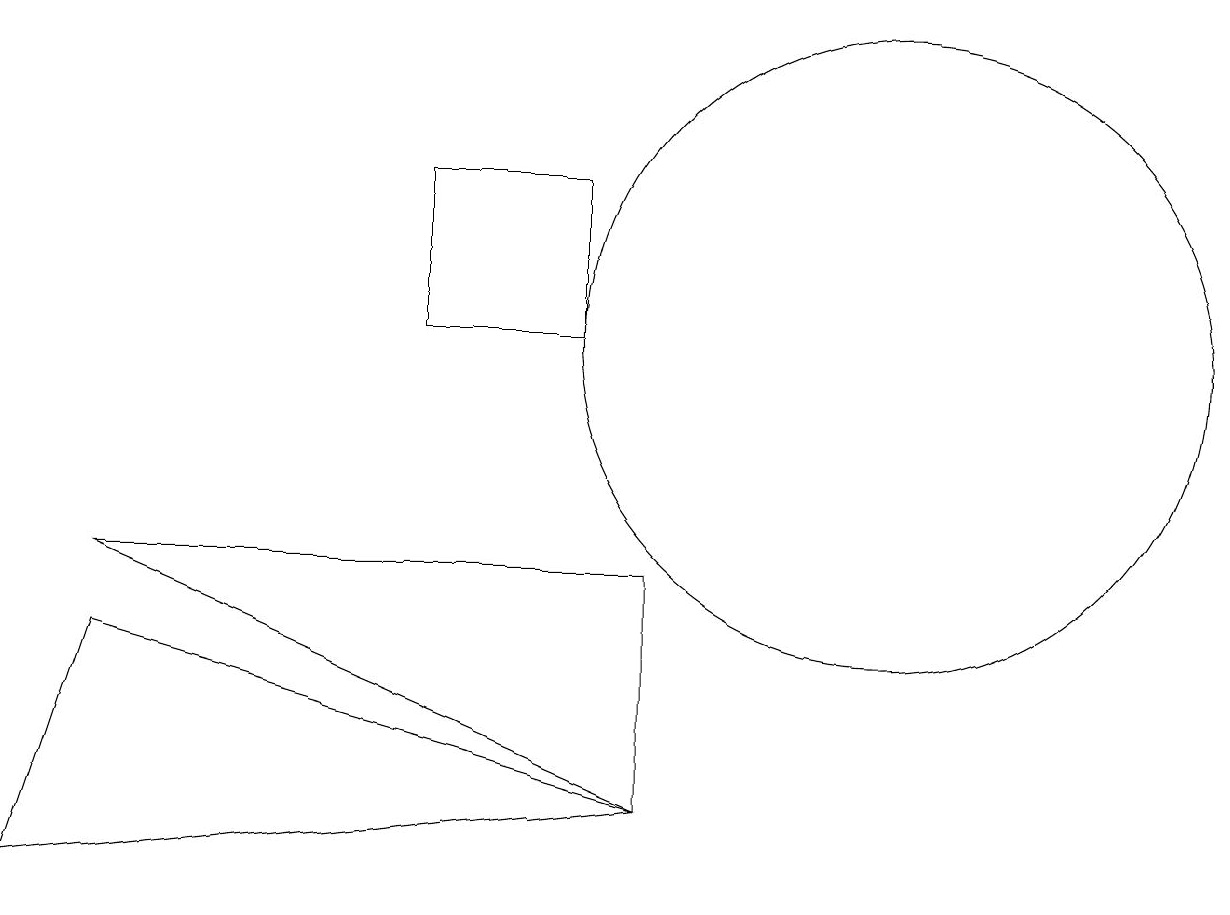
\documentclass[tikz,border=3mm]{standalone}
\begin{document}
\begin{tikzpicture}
\draw (8,6) -- (8,9) -- (1,9) -- cycle;
\draw (11,12) circle (4);
\draw (8,6) -- (1,8) -- (0,5) -- cycle;
\draw (5,12) rectangle (7,14);
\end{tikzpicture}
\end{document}